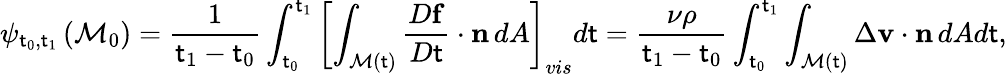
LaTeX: \psi_{\mathsf{t}_{0},\mathsf{t}_{1}}\left(\mathcal{{M}}_{0}\right)=\frac{{1}}{{\mathsf{t}_{1}-\mathsf{t}_{0}}}\int_{\mathsf{t}_{0}}^{\mathsf{t}_{1}}\left[\int_{\mathcal{{M}}(\mathsf{t})}\frac{{D\mathbf{{f}}}}{{D\mathsf{t}}}\cdot\mathbf{{n}}\, dA\right]_{vis}d\mathsf{t}=\frac{{\nu\rho}}{{\mathsf{t}_{1}-\mathsf{t}_{0}}}\int_{\mathsf{t}_{0}}^{\mathsf{t}_{1}}\int_{\mathcal{{M}}(\mathsf{t})}\Delta\mathbf{{v}}\cdot\mathbf{{n}}\, dAd\mathsf{t},